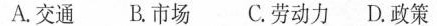
A.交通 B.市场 C.劳动力 D.政策